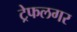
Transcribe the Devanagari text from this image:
ट्रेफलगर